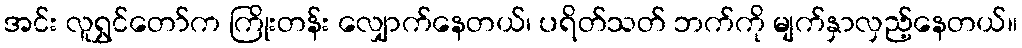
အင်း လူရွှင်တော်က ကြိုးတန်း လျှောက်နေတယ်၊ ပရိတ်သတ် ဘက်ကို မျက်နှာလှည့်နေတယ်။